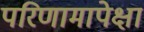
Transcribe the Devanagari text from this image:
परिणामापेक्षा